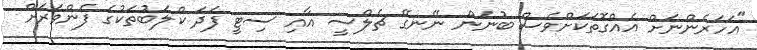
"އަހަރެންނަށް އެއްގޮތަކަށްވެސް ބުނަން ނޭނގޭ ޗެލްސީ އާއި ސިޓީ ފަދަ ކްލަބުތަކުގެ ފެންވަރަށް